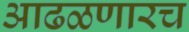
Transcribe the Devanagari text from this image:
आढळणारच